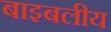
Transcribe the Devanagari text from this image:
बाइबलीय